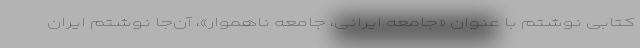
کتابی نوشتم با عنوان «جامعه ایرانی، جامعه ناهموار»، آن‌جا نوشتم ایران